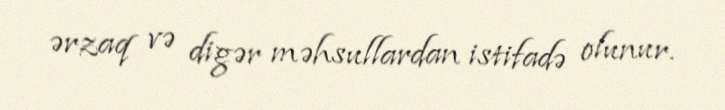
ərzaq və digər məhsullardan istifadə olunur.